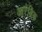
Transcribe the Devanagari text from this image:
आरेबिक